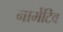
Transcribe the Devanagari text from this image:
नार्मेटिव